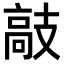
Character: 𫾣